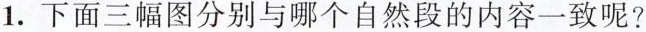
1.下面三幅图分别与哪个自然段的内容一致呢?